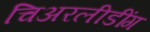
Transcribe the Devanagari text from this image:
चिअरलीडींग